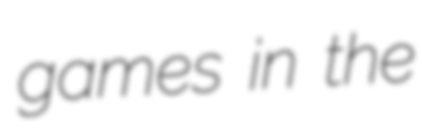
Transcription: games in the